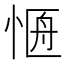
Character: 𭝐